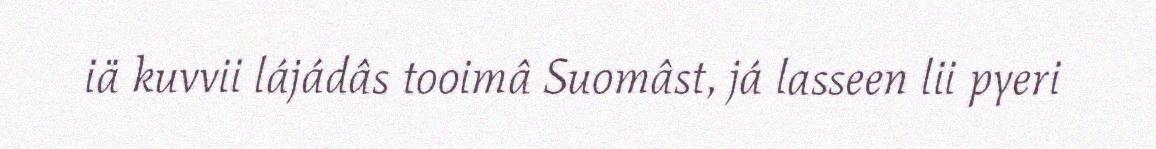
iä kuvvii lájádâs tooimâ Suomâst, já lasseen lii pyeri